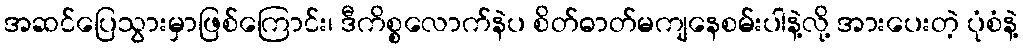
အဆင်ပြေသွားမှာဖြစ်ကြောင်း၊ ဒီကိစ္စလောက်နဲပ စိတ်ဓာတ်မကျနေစမ်းပါနဲ့လို့ အားပေးတဲ့ ပုံစံနဲ့